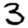
Digit: 3